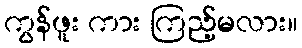
ကွန်ဖူး ကား ကြည့်မလား။